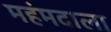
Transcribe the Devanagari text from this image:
महंमदाला